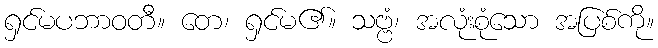
ရှင်မပဘာဝတီ။ တေ၊ ရှင်မ၏။ သဗ္ဗံ၊ အလုံးစုံသော အပြစ်ကို။